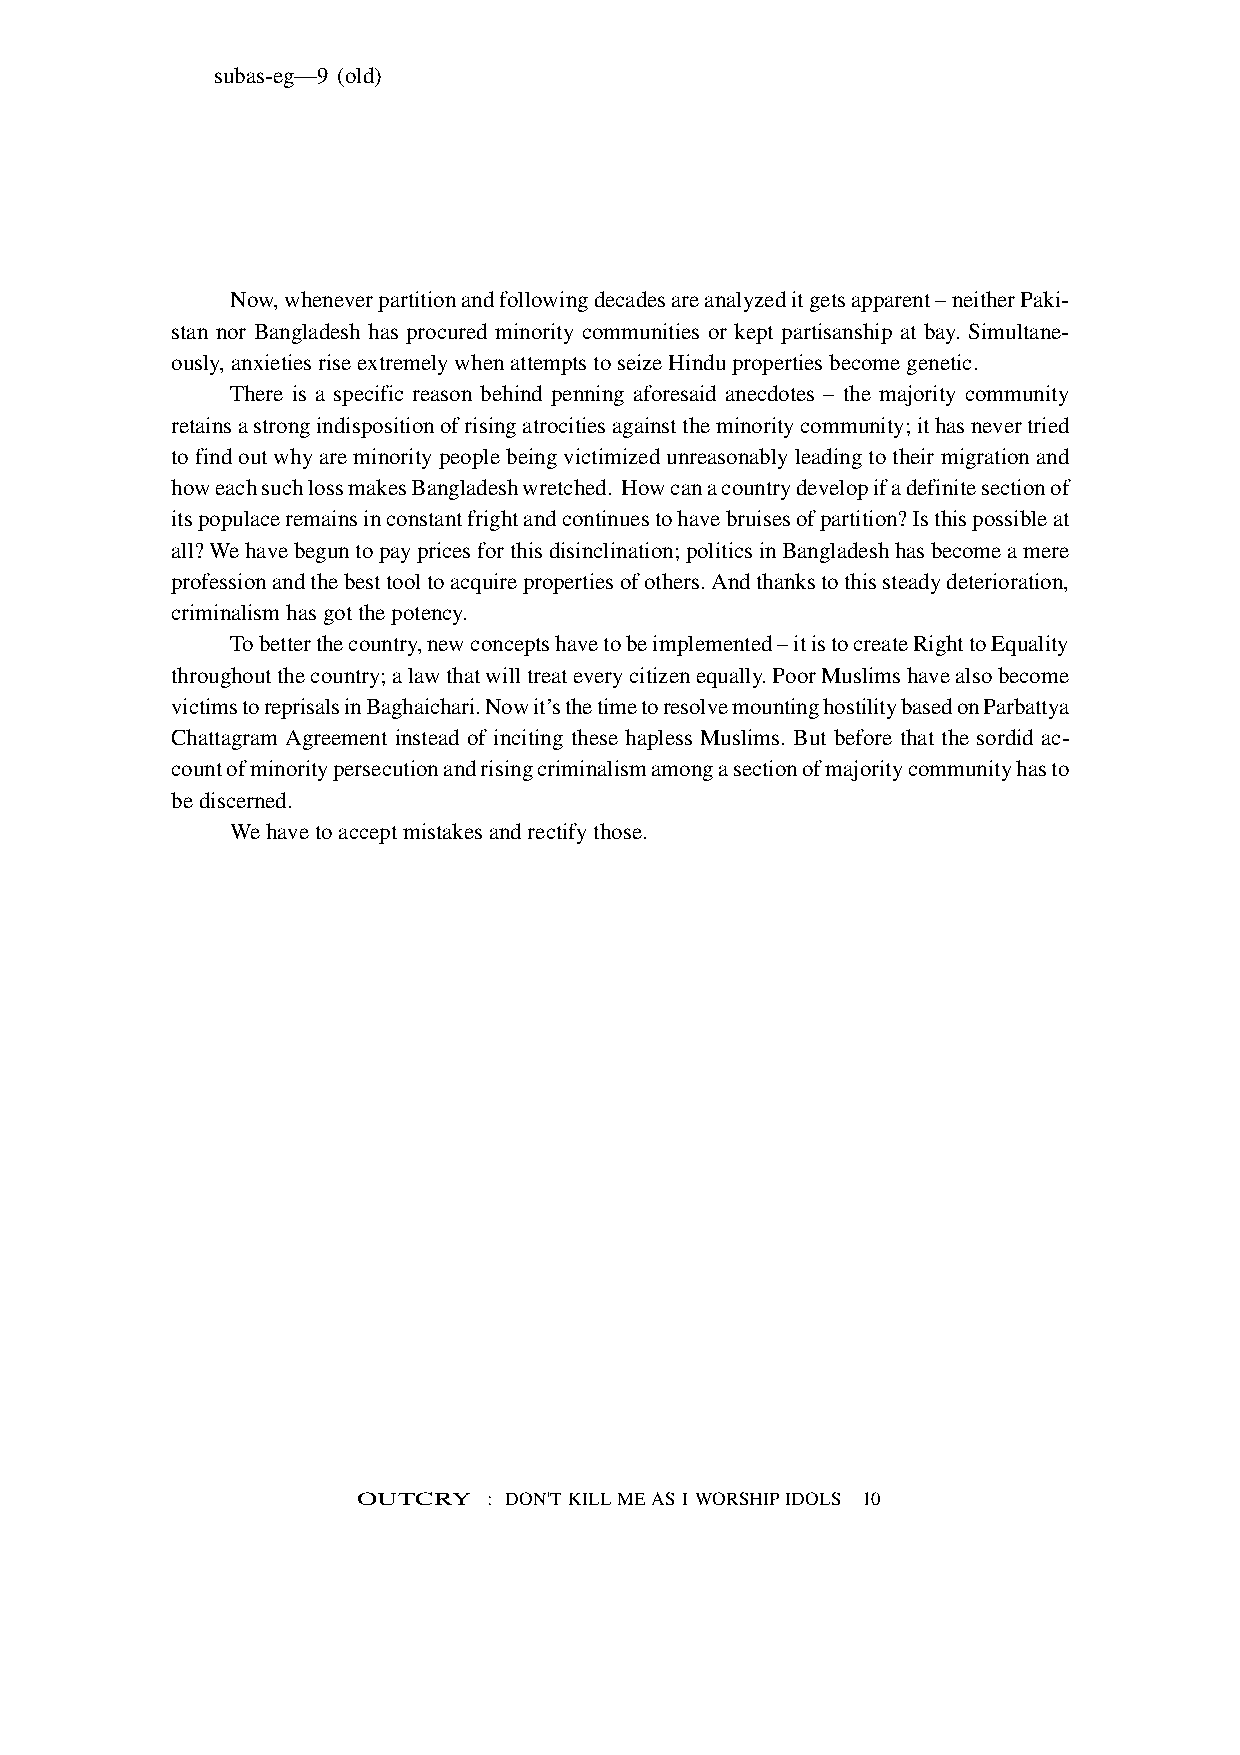
subas-eg—9 (old)
 Now, whenever partition and following decades are analyzed it gets apparent – neither Paki-
 stan nor Bangladesh has procured minority communities or kept partisanship at bay. Simultane-
 ously, anxieties rise extremely when attempts to seize Hindu properties become genetic.
 There is a specific reason behind penning aforesaid anecdotes – the majority community
 retains a strong indisposition of rising atrocities against the minority community; it has never tried
 to find out why are minority people being victimized unreasonably leading to their migration and
 how each such loss makes Bangladesh wretched. How can a country develop if a definite section of
 its populace remains in constant fright and continues to have bruises of partition? Is this possible at
 all? We have begun to pay prices for this disinclination; politics in Bangladesh has become a mere
 profession and the best tool to acquire properties of others. And thanks to this steady deterioration,
 criminalism has got the potency.
 To better the country, new concepts have to be implemented – it is to create Right to Equality
 throughout the country; a law that will treat every citizen equally. Poor Muslims have also become
 victims to reprisals in Baghaichari. Now it’s the time to resolve mounting hostility based on Parbattya
 Chattagram Agreement instead of inciting these hapless Muslims. But before that the sordid ac-
 count of minority persecution and rising criminalism among a section of majority community has to
 be discerned.
 We have to accept mistakes and rectify those.
 OUTCRY  : DON'T KILL ME AS I WORSHIP IDOLS 10